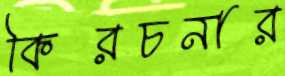
কিরচনার